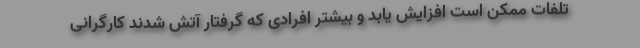
تلفات ممکن است افزایش یابد و بیشتر افرادی که گرفتار آتش شدند کارگرانی